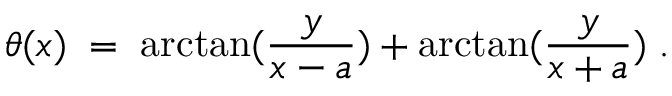
\theta ( x ) \; = \; \arctan ( \frac { y } { x - a } ) + \arctan ( \frac { y } { x + a } ) \; .